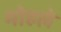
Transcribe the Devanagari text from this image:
माेहले